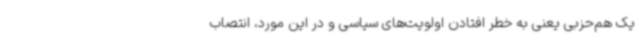
یک هم‌حزبی یعنی به خطر افتادن اولویت‌های سیاسی و در این مورد، انتصاب